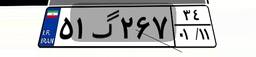
۵۱گ۲۶۷۳۴